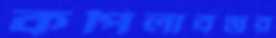
কপিলাবস্তুর